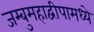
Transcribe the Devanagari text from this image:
जम्बुमहाद्वीपामध्ये